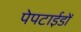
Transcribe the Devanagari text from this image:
पेपटाईडों